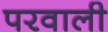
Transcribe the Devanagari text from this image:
परवाली